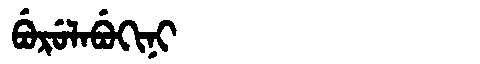
Manchu: ᠪᡠᡵᡠᠯᠠᠪᡠᡴᡳᠨᡳ
Romanization: BURULABUKINI